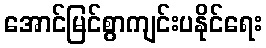
အောင်မြင်စွာကျင်းပနိုင်ရေး